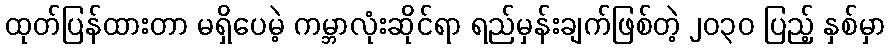
ထုတ်ပြန်ထားတာ မရှိပေမဲ့ ကမ္ဘာလုံးဆိုင်ရာ ရည်မှန်းချက်ဖြစ်တဲ့ ၂၀၃၀ ပြည့် နှစ်မှာ